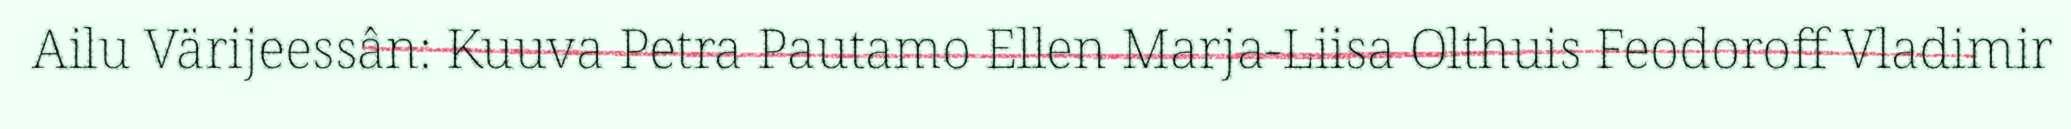
Ailu Värijeessân: Kuuva Petra Pautamo Ellen Marja-Liisa Olthuis Feodoroff Vladimir